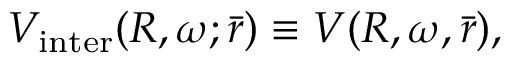
V _ { \mathrm { i n t e r } } ( R , \omega ; \bar { r } ) \equiv V ( R , \omega , \bar { r } ) ,